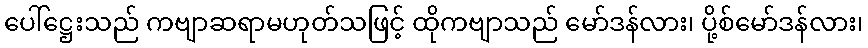
ပေါ်ဋ္ဌေးသည် ကဗျာဆရာမဟုတ်သဖြင့် ထိုကဗျာသည် မော်ဒန်လား၊ ပို့စ်မော်ဒန်လား၊